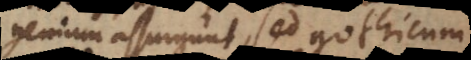
genium assurgunt, sed gothicum